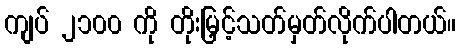
ကျပ် ၂၁၀၀ ကို တိုးမြှင့်သတ်မှတ်လိုက်ပါတယ်။